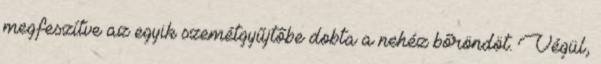
megfeszítve az egyik szemétgyűjtőbe dobta a nehéz bőröndöt. Végül,